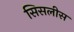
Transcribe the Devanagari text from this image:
सिसलीस